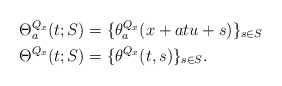
\begin{align*}\Theta^{Q_x}_a (t;S){}&=\{\theta^{Q_x}_a (x+atu + s)\}_{s\in S} \\\Theta^{Q_x} (t;S){}&=\{\theta^{Q_x}(t, s)\}_{s\in S} .\end{align*}